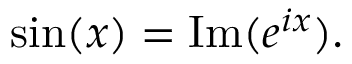
\sin ( x ) = \operatorname { I m } ( e ^ { i x } ) .